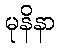
မုနိနာ